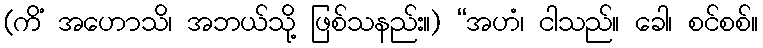
(ကိံ အဟောသိ၊ အဘယ်သို့ ဖြစ်သနည်း။) “အဟံ၊ ငါသည်။ ခေါ၊ စင်စစ်။